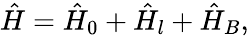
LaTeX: \hat{H}=\hat{H}_{0}+\hat{H}_{l}+\hat{H}_{B},